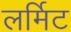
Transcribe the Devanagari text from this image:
लर्मिट